Report on vaccination North-West Frontier Province 1904-1922 - 1904-1922
Year: 1904
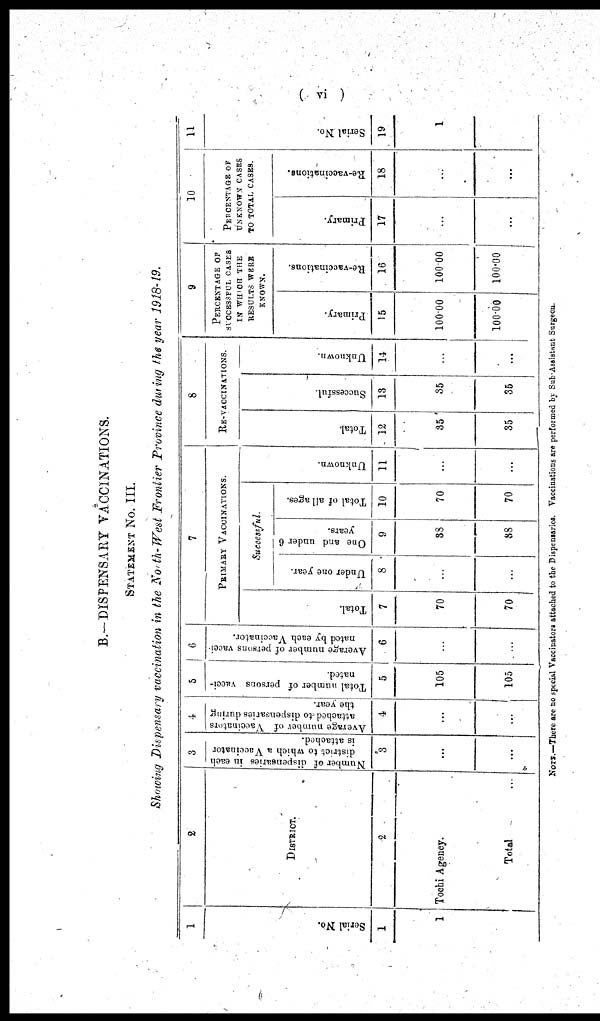
( vi )
B.-DISPENSARY VACCINATIONS.
STATEMENT No. III.
Showing Dispensary vaccination in the North-West Frontier Province during the year 1918-19.
1
Serial No.
1
1
2
District.
2
Tochi Agency.
Total ...
3
Number of dispensaries in each
district to which a Vaccinator
is attached.
3
...
...
4
Average number of Vaccinators
attached to dispensaries during
the year.
4
...
...
5
Total number of persons vacci-
nated.
5
105
105
6
Average number of persons vacci-
nated by each Vaccinator.
6
...
...
7
PRIMARY VACCINATIONS.
Total.
7
70
70
Successful.
Under one year.
8
...
...
One and under 6
years.
9
38
38
Total of all ages.
10
70
70
Unknown.
11
...
...
8
RE-VACCINATIONS.
Total.
12
35
35
Successful.
13
35
35
Unknown.
14
...
...
9
PERCENTAGE OF
SUCCESSFUL CASES
IN WHICH THE
RESULTS WERE
KNOWN.
Primary.
15
100.00
100.00
Re-vaccinations.
16
100.00
100.00
10
PERCENTAGE OF
UNKNOWN CASES
TO TOTAL CASES.
Primary.
17
...
...
Re-vaccinations.
18
...
...
11
Serial No.
19
1
NOTE.—There are no special Vaccinators attached to the Dispenesries. Vaccinations are performed by Sub-Assistant Surgeon.